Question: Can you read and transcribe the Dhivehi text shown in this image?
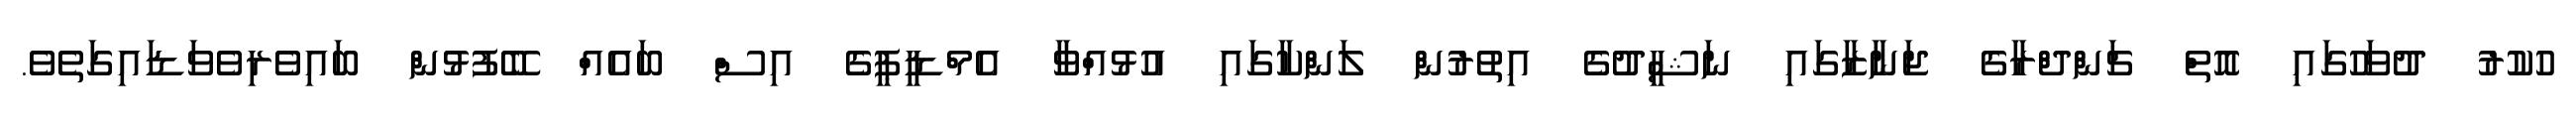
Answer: ހުކުރު ދުވަހުގައި އޮތް ޗަންދްރާގެ ޖަނާޒާގައި ނަޝީދުގެ އިތުރުން ލަންކާގައި އުޅުއްވާ އެމްޑީޕީގެ އިސް ބައެއް ބޭފުޅުން ބައިވެރިވެވަޑައިގަތެވެ.